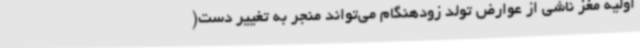
اولیه مغز ناشی از عوارض تولد زودهنگام می‌تواند منجر به تغییر دست(